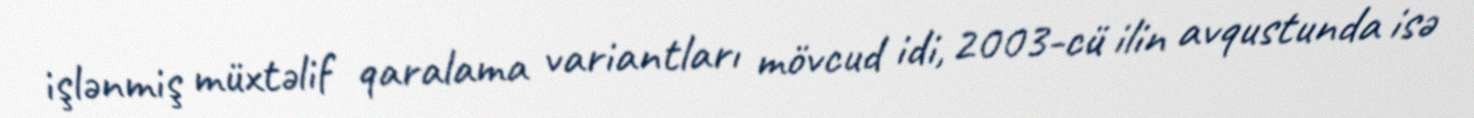
işlənmiş müxtəlif qaralama variantları mövcud idi, 2003-cü ilin avqustunda isə